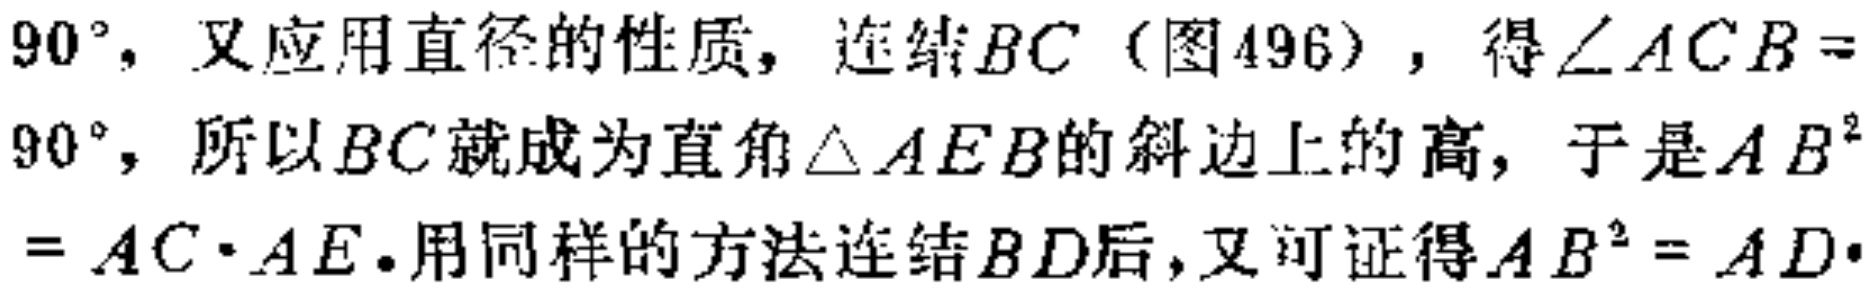
$90^{\circ}，又应用直径的性质，连结BC（图496），得\angle ACB = 90^{\circ}，所以BC就成为直角\triangle AEB的斜边上的高，于是AB^{2}=AC\cdot AE.用同样的方法连结BD后，又可证得AB^{2}=AD\cdot$